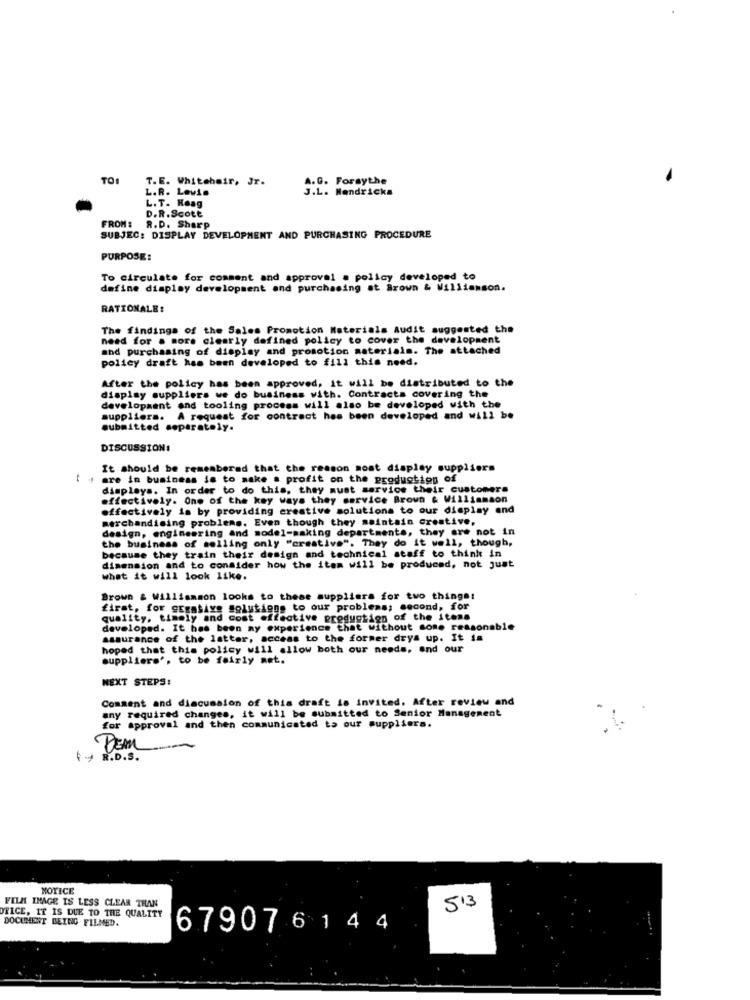
TOI
T.E. Whitehair, Jr.
A.G. Forsythe
L.R. Lewis
J.L. Hendricks
L.T. Keag
D.R.Scott
FROM: R.D. Sharp
SUBJEC: DISPLAY DEVELOPMENT AND PURCHASING PROCEDURE
PURPOSE:
To circulate for comment and approval a policy developed to
define display development and purchasing at Brown & Williamson.
RATIONALE:
The findings of the Sales Promotion Materials Audit suggested the
need for . more clearly defined policy to cover the development
and purchasing of display and promotion materials. The attached
polley draft has been developed to fill this need.
After the policy has been approved, it will be distributed to the
display suppliers we do business with. Contracts covering the
development and tooling process will also be developed with the
suppliers.
A request for contract has been developed and will be
submitted separately.
DISCUSSION!
It should be remembered that the reason most display suppliers
t + are in business ie to make . profit on the production of
displays. In order to do this, they must service their customers
effectively. One of the key ways they service Brown & Williamson
effectively is by providing creative solutions to our display and
merchandising problems. Even though they maintain crostive,
design, engineering and model-making departments, they are not in
the business of selling only "creative". They do it well, though,
because they train their design and technical staff to think in
dimension and to consider how the item will be produced, not just
what it will look like.
Brown & Williamson looks to these suppliers for two things:
firat, for gigasive solutions to our problems; second, for
quality, timely and cost effective production of the items
developed. It has been ay experience that without some reasonable
assurance of the latter, access to the former drys up. It is
hoped that this policy will allow both our needs, and our
suppliers', to be fairly aet.
NEXT STEPS:
Comment and discussion of this draft is invited. After review and
any required changes, it will be submitted to Senior Management
for approval and then communicated to our suppliers.
DEM
( + R.D.S.
MOTICE
FILM IMAGE IS LESS CLEAR THAN
513
RICE, IT IS DUE TO THE QUALITY
DOCUMENT BEING FILMED.
679076 1 4 4